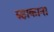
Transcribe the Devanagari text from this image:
रुहाकाना